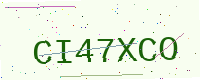
Text: CI47XCO